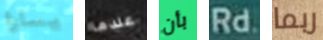
يسارا عندما بأن Rd ربما